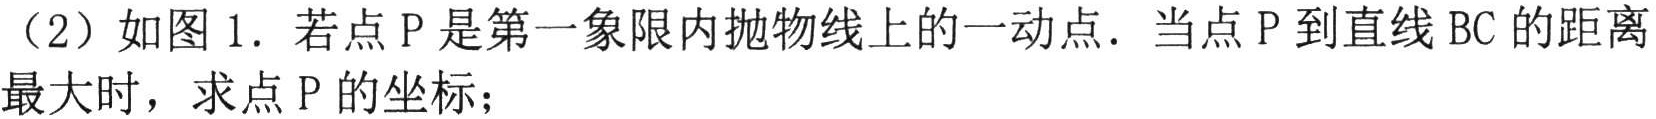
（2）如图1. 若点P是第一象限内抛物线上的一动点. 当点P到直线BC的距离最大时，求点P的坐标；